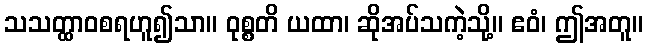
သသတ္ထာဝစရဟူ၍သာ။ ဝုစ္စတိ ယထာ၊ ဆိုအပ်သကဲ့သို့။ ဧဝံ၊ ဤအတူ။